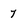
Character: 7